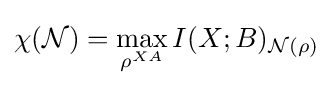
\chi ({\mathcal {N}})=\max _{\rho ^{XA}}I(X;B)_{{\mathcal {N}}(\rho )}